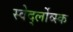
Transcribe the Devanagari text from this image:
स्वेर्द्लोव्स्क